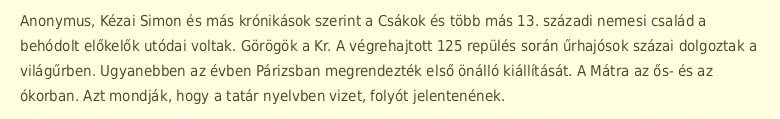
Anonymus, Kézai Simon és más krónikások szerint a Csákok és több más 13. századi nemesi család a behódolt előkelők utódai voltak. Görögök a Kr. A végrehajtott 125 repülés során űrhajósok százai dolgoztak a világűrben. Ugyanebben az évben Párizsban megrendezték első önálló kiállítását. A Mátra az ős- és az ókorban. Azt mondják, hogy a tatár nyelvben vizet, folyót jelentenének.